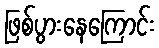
ဖြစ်ပွားနေကြောင်း